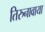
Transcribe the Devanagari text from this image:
तिरुनावाया